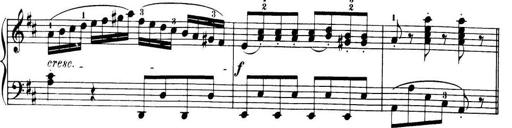
Title: 32 Sonatinas and Rondos for the Piano
Composer: Richard Kleinmichel